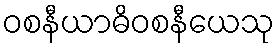
ဝစနီယာဓိဝစနီယေသု